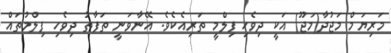
މަރިޔަމް މަޖުދާ(މަޖޫ) އަކީ ދިވެހި ފިލްމީ ތަރިއެކެވެ. އޭނާވަނީ ތަފާތު ދިވެހި ފިލްމުތައް